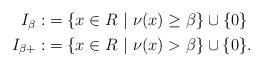
LaTeX: \begin{align*}\begin{aligned}I_\beta:&=\{x\in R\ |\ \nu(x)\ge\beta\}\cup\{0\}\quad\\I_{\beta+}:&=\{x\in R\ |\ \nu(x)>\beta\}\cup\{0\}.\end{aligned}\end{align*}